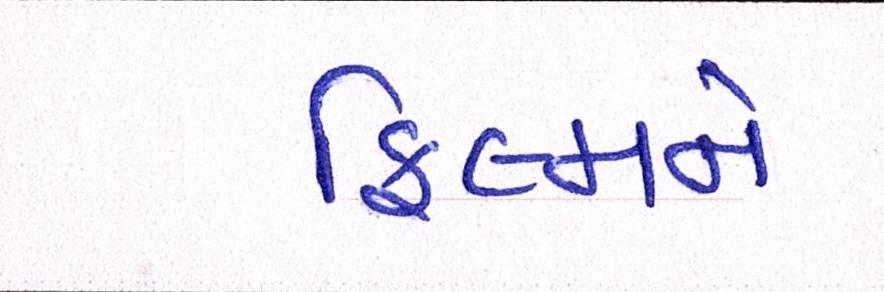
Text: ફિલ્મને